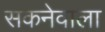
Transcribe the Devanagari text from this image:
सकनेवाला